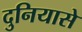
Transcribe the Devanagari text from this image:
दुनियासे